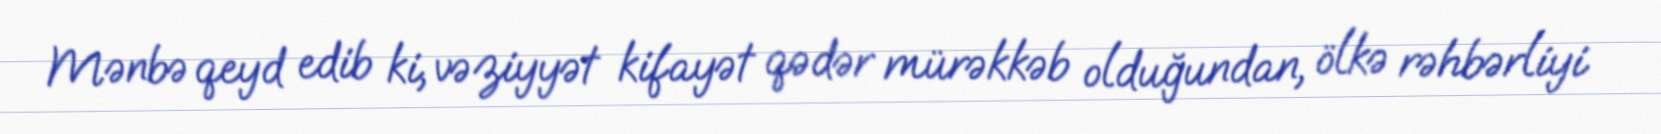
Mənbə qeyd edib ki, vəziyyət kifayət qədər mürəkkəb olduğundan, ölkə rəhbərliyi